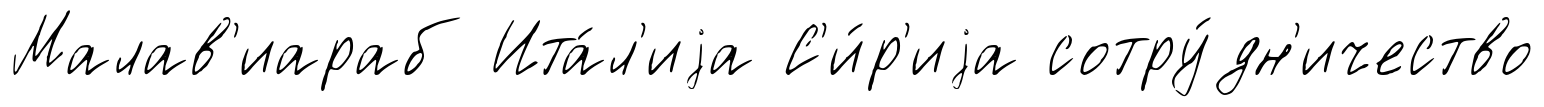
Малав'иараб Ита́л'иjа С'и́р'иjа сотру́дн'ичество